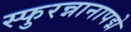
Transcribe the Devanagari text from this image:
स्फुरन्नानापद्मे